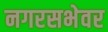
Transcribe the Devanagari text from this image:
नगरसभेवर